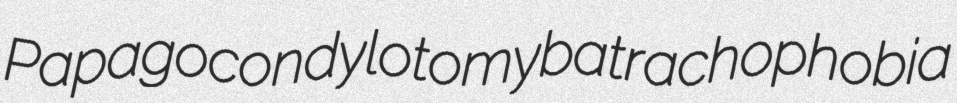
Papago condylotomy batrachophobia